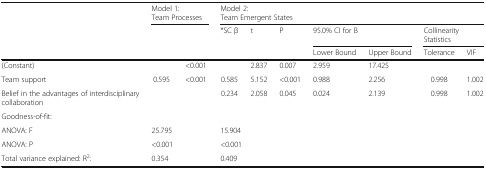
<table><thead><tr><td rowspan="3"></td><td colspan="2"><b>Model 1:Team Processes</b></td><td colspan="7"><b>Model 2:Team Emergent States</b></td></tr><tr><td rowspan="2"></td><td rowspan="2"></td><td rowspan="2"><b>*SC β</b></td><td rowspan="2"><b>t</b></td><td rowspan="2"><b>P</b></td><td colspan="2"><b>95.0% CI for B</b></td><td colspan="2"><b>CollinearityStatistics</b></td></tr><tr><td><b>Lower Bound</b></td><td><b>Upper Bound</b></td><td><b>Tolerance</b></td><td><b>VIF</b></td></tr></thead><tbody><tr><td>(Constant)</td><td></td><td>&lt;0.001</td><td></td><td>2.837</td><td>0.007</td><td>2.959</td><td>17.425</td><td></td><td></td></tr><tr><td>Team support</td><td>0.595</td><td>&lt;0.001</td><td>0.585</td><td>5.152</td><td>&lt;0.001</td><td>0.988</td><td>2.256</td><td>0.998</td><td>1.002</td></tr><tr><td>Belief in the advantages of interdisciplinary collaboration</td><td></td><td></td><td>0.234</td><td>2.058</td><td>0.045</td><td>0.024</td><td>2.139</td><td>0.998</td><td>1.002</td></tr><tr><td colspan="10">Goodness-of-fit:</td></tr><tr><td>ANOVA: F</td><td colspan="2">25.795</td><td colspan="7">15.904</td></tr><tr><td>ANOVA: P</td><td colspan="2">&lt;0.001</td><td colspan="7">&lt;0.001</td></tr><tr><td>Total variance explained: R<sup>2</sup>:</td><td colspan="2">0.354</td><td colspan="7">0.409</td></tr></tbody></table>